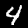
Label: 4